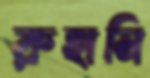
রুহানি